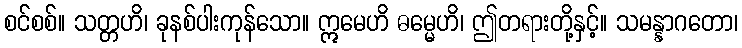
စင်စစ်။ သတ္တဟိ၊ ခုနစ်ပါးကုန်သော။ ဣမေဟိ ဓမ္မေဟိ၊ ဤတရားတို့နှင့်။ သမန္နာဂတော၊